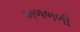
ખળભળી